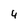
Character: 4